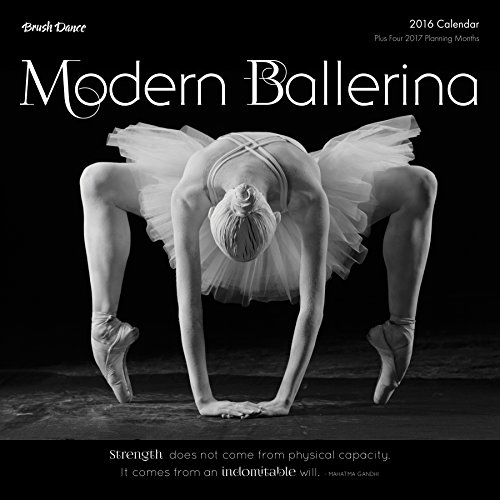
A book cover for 2016 Modern Ballerina Wall Calendar; Brush Dance; Calendars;